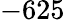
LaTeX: -625